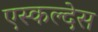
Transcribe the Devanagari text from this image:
एस्कल्देस